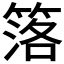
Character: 𥯛